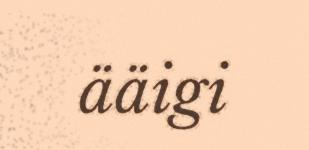
ääigi